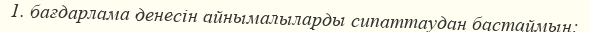
1. бағдарлама денесін айнымалыларды сипаттаудан бастаймын;